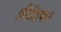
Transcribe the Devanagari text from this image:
फ़ैब्रिका